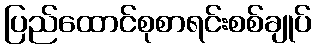
ပြည်ထောင်စုစာရင်းစစ်ချုပ်